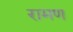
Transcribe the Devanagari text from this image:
रामण